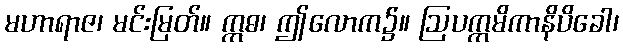
မဟာရာဇ၊ မင်းမြတ်။ ဣဓ၊ ဤလောက၌။ ဩပက္ကမိကာနိပိခေါ၊